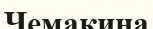
Чемакина